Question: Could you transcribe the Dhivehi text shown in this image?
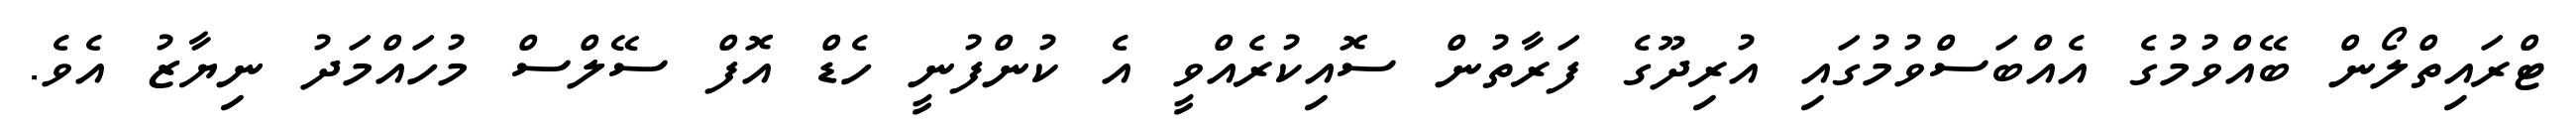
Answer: ޓްރައިތްލޯން ބޭއްވުމުގެ އެއްބަސްވުމުގައި އުރިދޫގެ ފަރާތުން ސޮއިކުރެއްވީ އެ ކުންފުނީ ހެޑް އޮފް ސޭލްސް މުހައްމަދު ނިޔާޒު އެވެ.